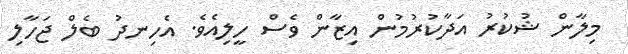
މިލާން ޝުކުރު އަދާކުރުމުން އިޒާން ވެސް ހީލިއެވެ. އެހިނދު ބެލް ޖަހާލި